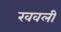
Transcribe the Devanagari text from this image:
खवली